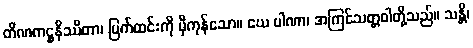
တိဏကဋ္ဌနိဿိတာ၊ မြက်ထင်းကို မှီကုန်သော။ ယေ ပါဏာ၊ အကြင်သတ္တဝါတို့သည်။ သန္တိ၊